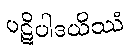
ပဋိပါဒယိဿံ